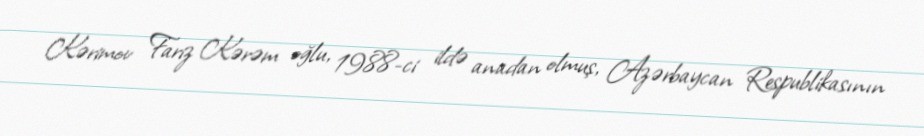
Kərimov Fariz Kərəm oğlu, 1988-ci ildə anadan olmuş, Azərbaycan Respublikasının